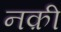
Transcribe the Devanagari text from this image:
नक़ी